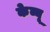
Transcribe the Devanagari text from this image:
केव्यू